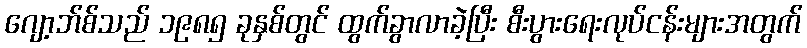
ဂျော့ဘ်စ်သည် ၁၉၈၅ ခုနှစ်တွင် ထွက်ခွာလာခဲ့ပြီး စီးပွားရေးလုပ်ငန်းများအတွက်